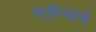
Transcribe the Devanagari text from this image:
नावीन्याचे